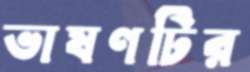
ভাষণটির